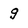
Character: g